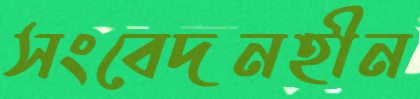
সংবেদনহীন